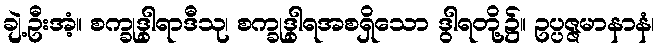
ချဲ့ဦးအံ့။ စက္ခုဒွါရာဒီသု၊ စက္ခုဒွါရအစရှိသော ဒွါရတို့၌။ ဥပ္ပဇ္ဇမာနာနံ၊